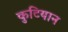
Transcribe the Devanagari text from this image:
कुटियान